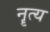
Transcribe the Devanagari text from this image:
नॄत्य